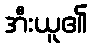
အီးယူ၏